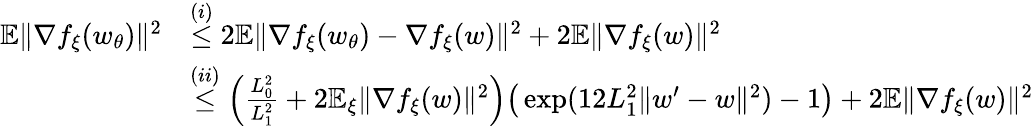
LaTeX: \begin{array}{rl}{\mathbb{E}\| \nabla f_{\xi}(w_{\theta})\| ^{2}}&{\overset{(i)}{\le}2\mathbb{E}\| \nabla f_{\xi}(w_{\theta})-\nabla f_{\xi}(w)\| ^{2}+2\mathbb{E}\| \nabla f_{\xi}(w)\| ^{2}}\\ &{\overset{(ii)}{\le}\Big(\frac{L_{0}^{2}}{L_{1}^{2}}+2\mathbb{E}_{\xi}\| \nabla f_{\xi}(w)\| ^{2}\Big)\big(\exp(12L_{1}^{2}\| w^{\prime}-w\| ^{2})-1\big)+2\mathbb{E}\| \nabla f_{\xi}(w)\| ^{2}}\end{array}